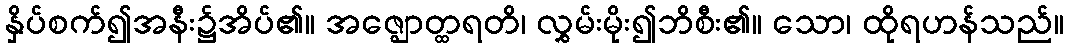
နှိပ်စက်၍အနီး၌အိပ်၏။ အဇ္ဈောတ္ထရတိ၊ လွှမ်းမိုး၍ဘိစီး၏။ သော၊ ထိုရဟန်သည်။